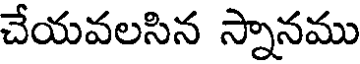
చేయవలసిన స్నానము